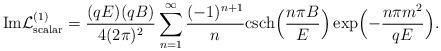
LaTeX: \begin{align*}{\rm Im} {\cal L}^{(1)}_{\rm scalar} = \frac{(qE)(qB)}{4 (2 \pi)^2} \sum_{n = 1}^{\infty} \frac{(-1)^{n+1}}{n} {\rm csch} \Bigl( \frac{n \pi B}{E} \Bigr) \exp \Bigl(- \frac{n \pi m^2}{qE} \Bigr). \end{align*}